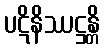
ပဋိနိဿဋ္ဌန္တိ